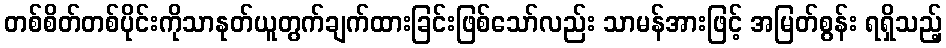
တစ်စိတ်တစ်ပိုင်းကိုသာနုတ်ယူတွက်ချက်ထားခြင်းဖြစ်သော်လည်း သာမန်အားဖြင့် အမြတ်စွန်း ရရှိသည့်